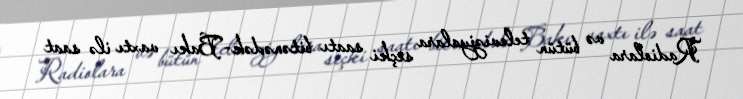
Radiolara və bütün televiziyalara seçki saatı bitənədək-Bakı vaxtı ilə saat